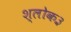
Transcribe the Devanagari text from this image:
श्लोक३